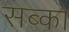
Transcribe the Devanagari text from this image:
सब्को